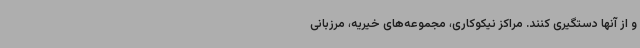
و از آنها دستگیری کنند. مراکز نیکوکاری، مجموعه‌های خیریه، مرزبانی